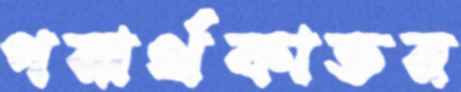
পরার্থকাতর